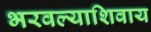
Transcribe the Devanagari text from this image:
भरवल्याशिवाय